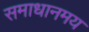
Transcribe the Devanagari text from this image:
समाधानमय